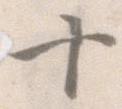
十